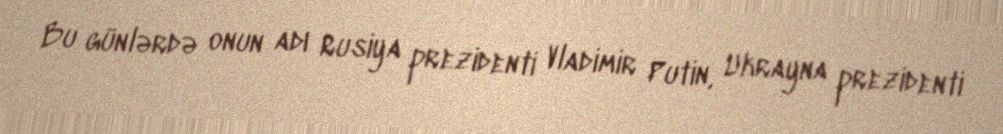
Bu günlərdə onun adı Rusiya prezidenti Vladimir Putin, Ukrayna prezidenti